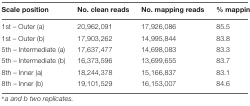
| Scale position | No. clean reads | No. mapping reads | % mapping |
 | --- | --- | --- | --- |
 | 1st – Outer (a) | 20,962,091 | 17,926,086 | 85.5 |
 | 1st – Outer (b) | 17,903,262 | 14,995,844 | 83.8 |
 | 5th – Intermediate (a) | 17,637,477 | 14,698,083 | 83.3 |
 | 5th – Intermediate (b) | 16,373,596 | 13,699,655 | 83.7 |
 | 8th – Inner (a) | 18,244,378 | 15,166,837 | 83.1 |
 | 8th – Inner (b) | 19,101,529 | 16,153,007 | 84.6 |